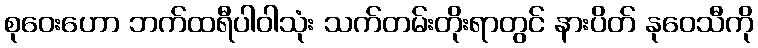
စုဝေးဟော ဘက်ထရီပါဝါသုံး သက်တမ်းတိုးရာတွင် နားပိတ် နုဝေသီကို